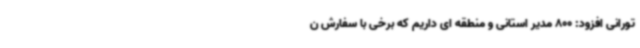
تورانی افزود: 800 مدیر استانی و منطقه ای داریم که برخی با سفارش ن